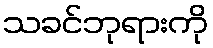
သခင်ဘုရားကို